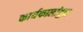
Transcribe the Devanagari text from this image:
कार्यकालांहून